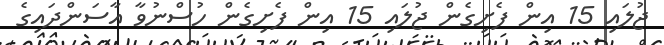
ޖުލައި 15 އިން ފެށިގެން ޖުލައި 15 އިން ފެށިގެން ހުސްނުވާ އާސަންދައިގެ